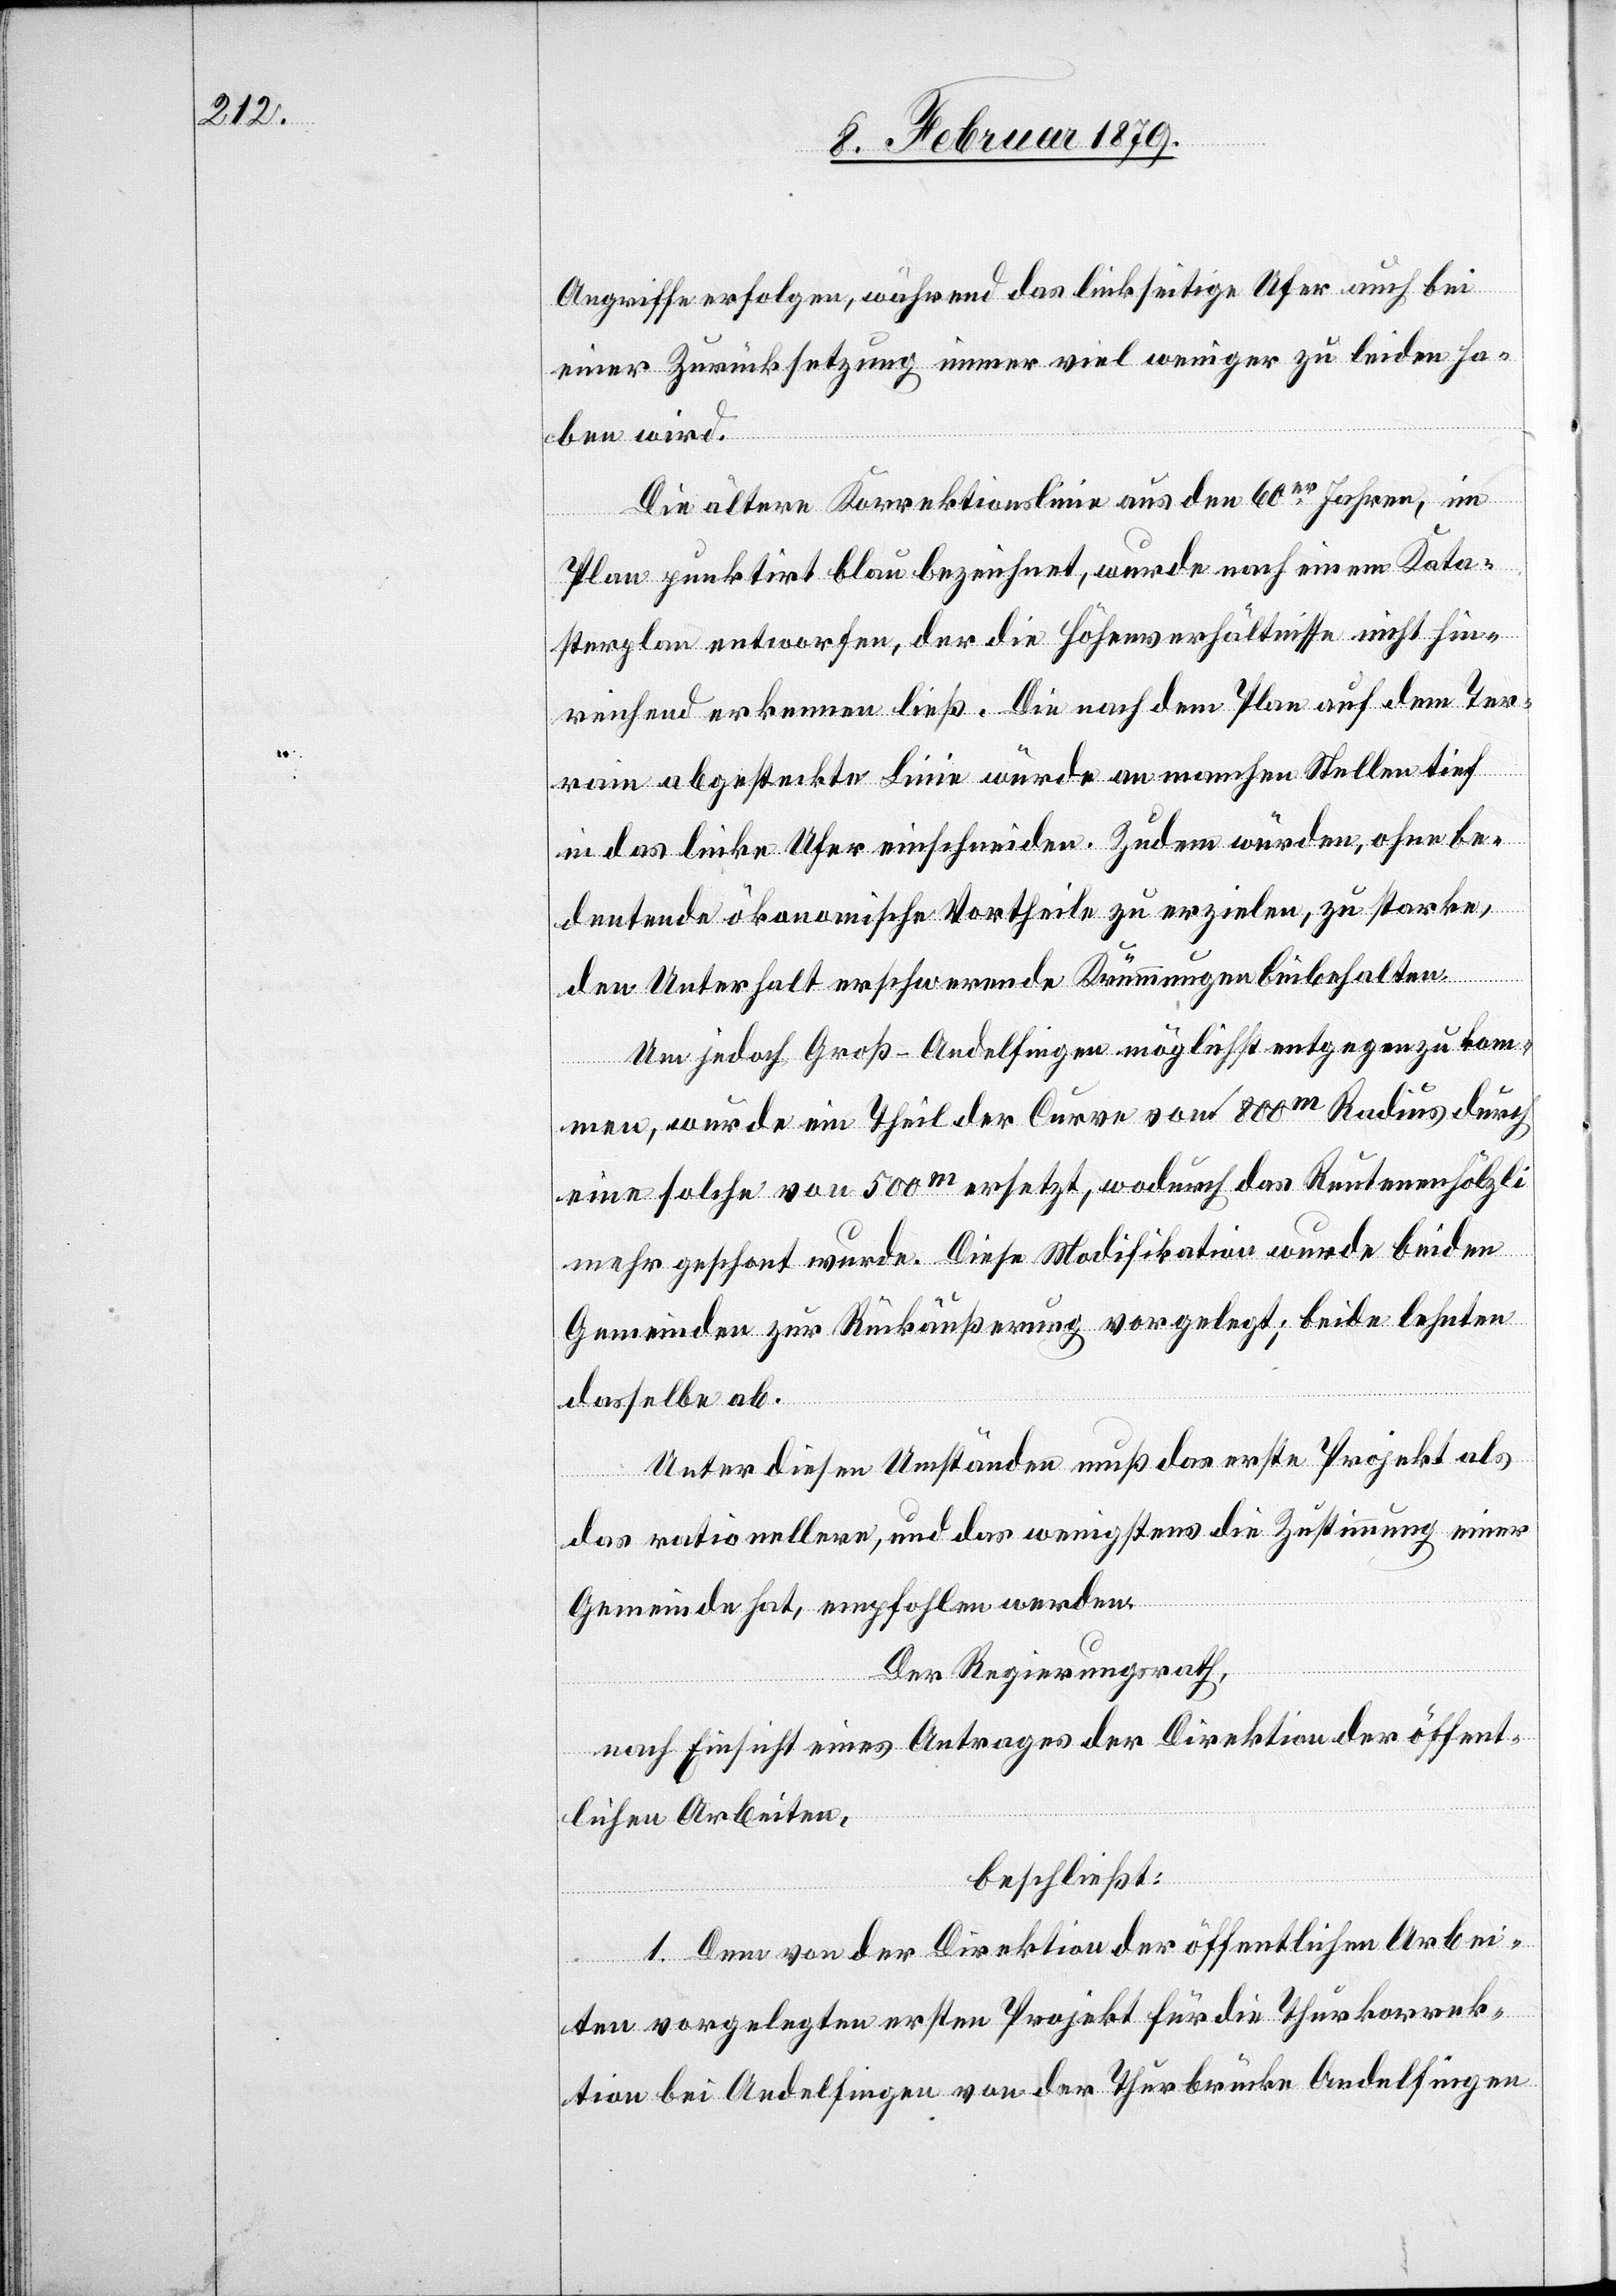
Angriffe erfolgen, während das linkseitige Ufer auch bei
einer Zurücksetzung immer viel weniger zu leiden ha¬
ben wird.
Die ältere Korrektionslinie aus den 60er Jahren, im
Plan punktirt blau bezeichnet, wurde nach einem Kata¬
sterplan entworfen, der die Höhensverhältnisse nicht hin¬
reichend erkennen ließ. Die nach dem Plan auf dem Ter¬
rain abgesteckte Linie würde an manchen Stellen tief
in das linke Ufer einschneiden. Zudem würden, ohne be¬
deutende ökonomische Vortheile zu erzielen, zu starke,
den Unterhalt erschwerende Krümmungen beibehalten.
Um jedoch Groß-Andelfingen möglichst entgegen zu kom¬
men, wurde ein Theil der Curve von 800m Radius durch
eine solche von 500m ersetzt, wodurch das Reutenenhölzli
mehr geschont wurde. Diese Modifikation wurde beiden
Gemeinden zur Rückäußerung vorgelegt; beide lehnten
dasselbe ab.
Unter diesen Umständen muß das erste Projekt als
das rationellere, und das wenigstens die Zustimmung einer
Gemeinde hat, empfohlen werden.
Der Regierungsrath,
nach Einsicht eines Antrages der Direktion der öffent¬
lichen Arbeiten,
beschließt:
1. Dem von der Direktion der öffentlichen Arbei¬
ten vorgelegten ersten Projekt für die Thurkorrek¬
tion bei Andelfingen von der Thurbrücke Andelfingen